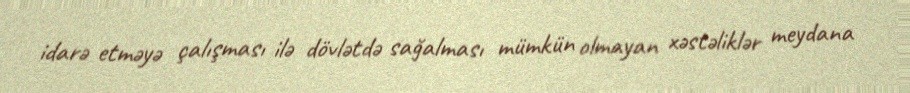
idarə etməyə çalışması ilə dövlətdə sağalması mümkün olmayan xəstəliklər meydana